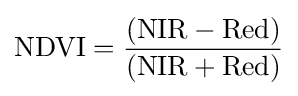
{\mbox{NDVI}}={\frac {({\mbox{NIR}}-{\mbox{Red}})}{({\mbox{NIR}}+{\mbox{Red}})}}